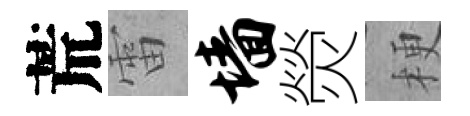
荒雷墙熒梗